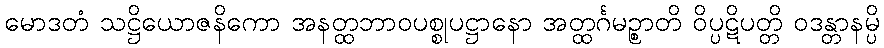
မောဒတံ သဋ္ဌိယောဇနိကော အနတ္ထဘာဝပစ္စုပဋ္ဌာနော အတ္ထင်္ဂမဉ္စာတိ ဝိပ္ပဋိပတ္တိ ဝဒန္တာနမ္ပိ